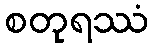
စတုရဿံ